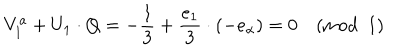
V _ { 1 } ^ { a } + U _ { 1 } \cdot Q = - { \frac { 1 } { 3 } } + { \frac { e _ { 1 } } { 3 } } \cdot ( - e _ { \alpha } ) = 0 \pmod { 1 }